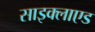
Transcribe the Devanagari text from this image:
साइक्लाएड